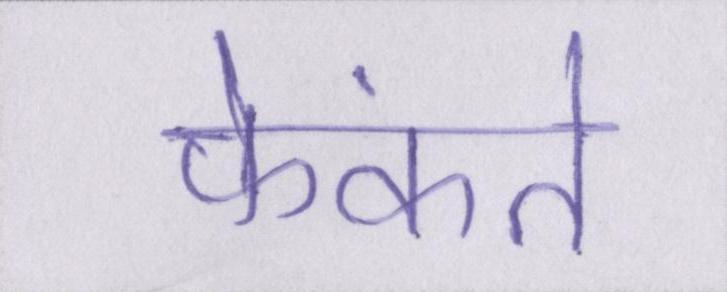
फेंकते